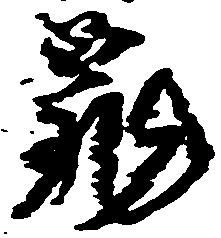
亀